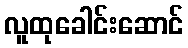
လူထုခေါင်းဆောင်